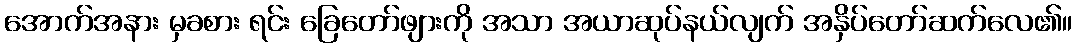
အောက်အနား မှခစား ရင်း ခြေတော်ဖျားကို အသာ အယာဆုပ်နယ်လျက် အနှိပ်တော်ဆက်လေ၏။